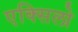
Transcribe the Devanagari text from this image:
एक्सिलो